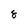
Character: 8